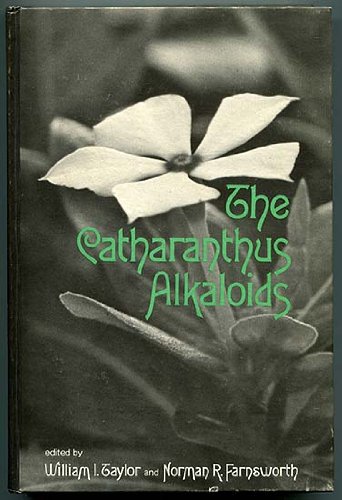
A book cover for The Catharanthus Alkaloids: Botany, Chemistry, Pharmacology, and Clinical Use; W.I. Taylor; Science & Math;